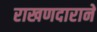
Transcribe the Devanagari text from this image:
राखणदाराने